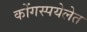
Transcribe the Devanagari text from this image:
कोंगस्पयेलेत